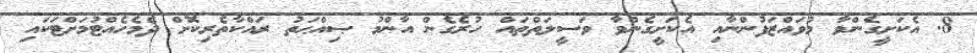
8. އެކަށީގެންވާ މުވައްޒަފުންނާއި އެކަށީގެންވާ ވަސީލަތްތައް ހުރެގެން އާންމު ޞިއްޙަތު ރައްކާތެރިކޮށް ދެމެހެއްޓުމަށްޓަކައި